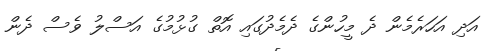
އަދި އަހަރެމެން ދެ މީހުންގެ ދެމެދުގައި އޮތް ގުޅުމުގެ އަސްލު ވެސް ދެން